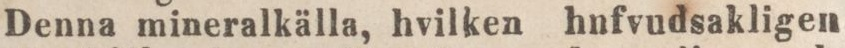
Denna mineralkälla, hvilken hnfvudsakligen